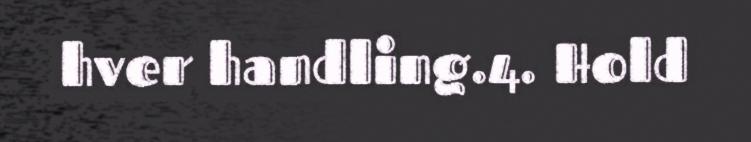
hver handling.4. Hold